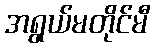
အရွယ်မတိုင်မီ